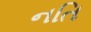
નતિ